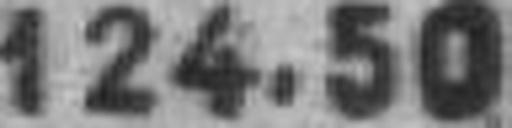
124.50